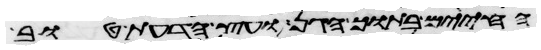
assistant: החיים בתוך הגן ועץ הדעת טוב